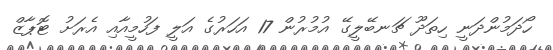
ހޯދަމުންދަނީ ހިތަދޫ ޗަނބޭލީގޭ އުމުރުން 17 އަހަރުގެ އަލީ ފަހުމީއާއި އެރަށު ޓޮޕާޒް